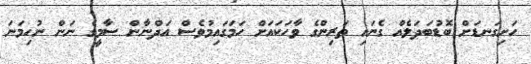
ހަށިގަނޑަށް ބޮޑުބަދަލެއް ގެނައި ތަރިންގެ ވާހަކައަށް ހަމަގައިމުވެސް އަދްނާން ސާމީގެ ނަން ނުހިމަނަ